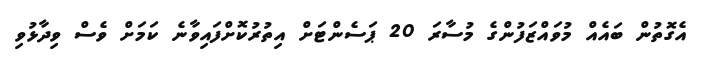
އެގޮތުން ބައެއް މުވައްޒަފުންގެ މުސާރަ 20 ޕަސެންޓަށް އިތުރުކޮށްފައިވާނެ ކަމަށް ވެސް ވިދާޅުވި